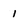
Character: 1